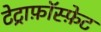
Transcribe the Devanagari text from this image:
टेट्राफ़ॉस्फ़ेट